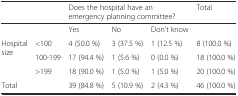
| <COLSPAN=2>  | <COLSPAN=3> Does the hospital have an emergency planning committee? | Total |
 | --- | --- | --- | --- | --- | --- |
 | <COLSPAN=2>  | Yes | No | Don't know |  |
 | <ROWSPAN=3> Hospital size | <100 | 4 (50.0 %) | 3 (37.5 %) | 1 (12.5 %) | 8 (100.0 %) |
 | 100-199 | 17 (94.4 %) | 1 (5.6 %) | 0 (0.0 %) | 18 (100.0 %) |
 | >199 | 18 (90.0 %) | 1 (5.0 %) | 1 (5.0 %) | 20 (100.0 %) |
 | <COLSPAN=2> Total | 39 (84.8 %) | 5 (10.9 %) | 2 (4.3 %) | 46 (100.0 %) |